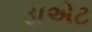
ડાએટ